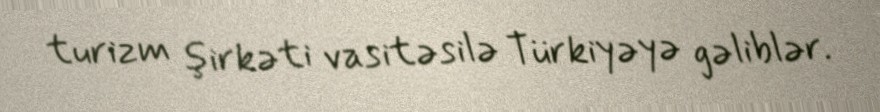
turizm şirkəti vasitəsilə Türkiyəyə gəliblər.